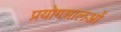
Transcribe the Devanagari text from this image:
प्रयोगशालओं